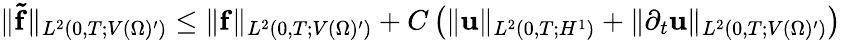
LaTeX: \| \mathbf{\tilde{f}}\| _{L^{2}(0,T;V(\Omega)^{\prime})}\leq\| \mathbf{f}\| _{L^{2}(0,T;V(\Omega)^{\prime})}+C\left(\| \mathbf{u}\| _{L^{2}(0,T;H^{1})}+\| \partial_{t}\mathbf{u}\| _{L^{2}(0,T;V(\Omega)^{\prime})}\right)